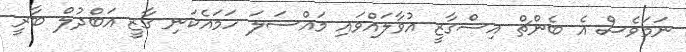
ނަމަވެސް އެ ބެންޗް އިސްގާޒީ އުވާލައްވައި މައްސަލަ ހަމައެކަނި ގާޒީ އަބްދުލް ބާރީ